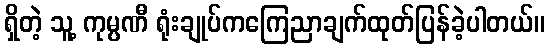
ရှိတဲ့ သူ့ ကုမ္ပဏီ ရုံးချုပ်ကကြေညာချက်ထုတ်ပြန်ခဲ့ပါတယ်။